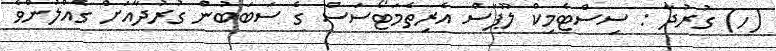
(ހ) ގުރުދާ : ސިސްޓެމިކް ލޫޕަސް އެރިތެމަޓޯސަސް ގެ ސަބަބުން ގުރުދާއަށް ގެއްލުންވެ